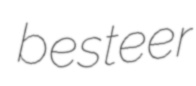
besteer